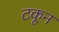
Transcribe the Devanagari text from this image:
टकून